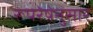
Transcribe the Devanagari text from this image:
रूपरेषेनुसार